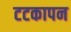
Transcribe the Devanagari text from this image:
टटकापन